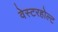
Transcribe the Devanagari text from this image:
वेस्टरहोल्ट